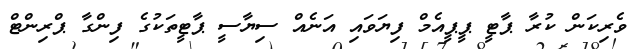
ވެރިކަން ކުރާ ޕާޓީ ޕީޕީއެމް ފިޔަވައި އަނެއް ސިޔާސީ ޕާޓީތަކުގެ ފިންގާ ޕްރިންޓް